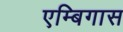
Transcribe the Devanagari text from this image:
एम्बिगास